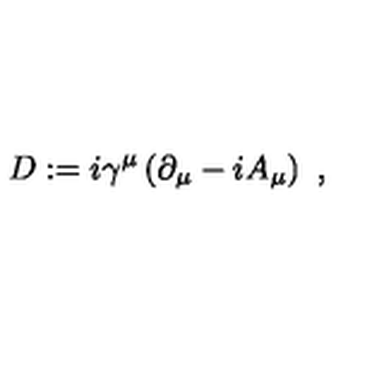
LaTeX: D : = i \gamma ^ { \mu } \left( \partial _ { \mu } - i A _ { \mu } \right) \ ,